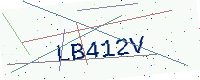
Text: LB412V